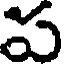
ప